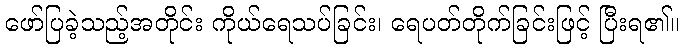
ဖော်ပြခဲ့သည့်အတိုင်း ကိုယ်ရေသပ်ခြင်း၊ ရေပတ်တိုက်ခြင်းဖြင့် ပြီးရ၏။